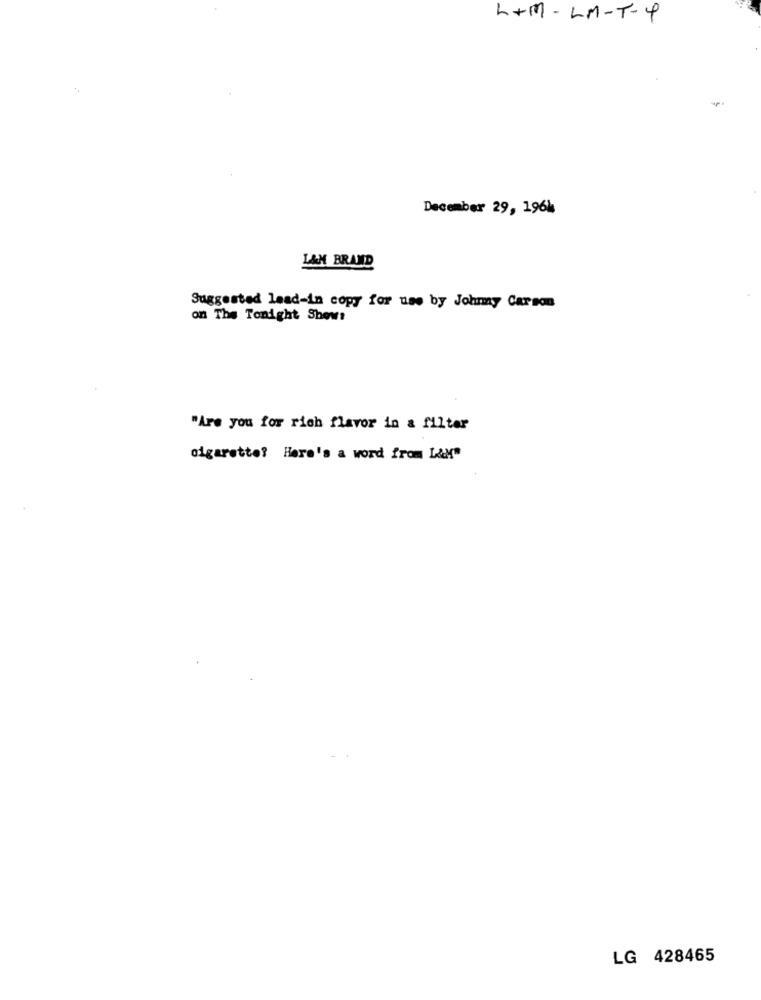
L+M- LM-T-4
December 29, 1961
LAN BRAND
Suggested lead-in copy for use by Johnny Carson
on The Tonight Show:
"Are you for rich flavor in & filter
cigarette? Here's a word from L&M"
LG 428465